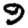
Digit: 9